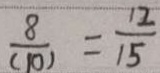
\frac { 8 } { ( 1 0 ) } = \frac { 1 2 } { 1 5 }